Plague in India, 1896, 1897 - Volume 3
Year: 1896
Disease focus: Plague
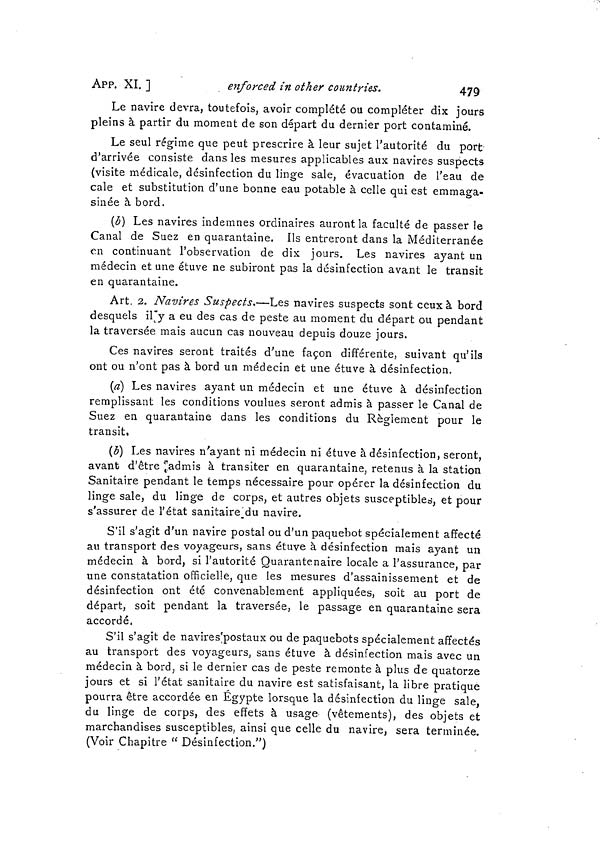
APP. XI. ]
enforced in other countries.
479
Le navire devra, toutefois, avoir complété ou compléter dix jours
pleins à partir du moment de son départ du dernier port contaminé.
Le seul régime que peut prescrire à leur sujet l'autorité du port
d'arrivée consiste dans les mesures applicables aux navires suspects
(visite médicale, désinfection du linge sale, évacuation de l'eau de
cale et substitution d'une bonne eau potable à celle qui est emmaga-
sinée à bord.
(b) Les navires indemnes ordinaires auront la faculté de passer le
Canal de Suez en quarantaine. Ils entreront dans la Méditerranée
en continuant l'observation de dix jours. Les navires ayant un
médecin et une étuve ne subiront pas la désinfection avant le transit
en quarantaine.
Art. 2. Navires Suspects.—Les navires suspects sont ceux à bord
desquels il'y a eu des cas de peste au moment du départ ou pendant
la traversée mais aucun cas nouveau depuis douze jours.
Ces navires seront traités d'une façon différente, suivant qu'ils
ont ou n'ont pas à bord un médecin et une étuve à désinfection.
(a) Les navires ayant un médecin et une étuve à désinfection
remplissant les conditions voulues seront admis à passer le Canal de
Suez en quarantaine dans les conditions du Règlement pour le
transit.
(b) Les navires n'ayant ni médecin ni étuve à désinfection, seront,
avant d'être admis à transiter en quarantaine, retenus à la station
Sanitaire pendant le temps nécessaire pour opérer la désinfection du
linge sale, du linge de corps, et autres objets susceptibles, et pour
s'assurer de l'état sanitaire du navire.
S'il s'agit d'un navire postal ou d'un paquebot spécialement affecté
au transport des voyageurs, sans étuve à désinfection mais ayant un
médecin à bord, si l'autorité Quarantenaire locale a l'assurance, par
une constatation officielle, que les mesures d'assainissement et de
désinfection ont été convenablement appliquées, soit au port de
départ, soit pendant la traversée, le passage en quarantaine sera
accordé.
S'il s'agit de navires postaux ou de paquebots spécialement affectés
au transport des voyageurs, sans étuve à désinfection mais avec un
médecin à bord, si le dernier cas de peste remonte à plus de quatorze
jours et si l'état sanitaire du navire est satisfaisant, la libre pratique
pourra être accordée en Egypte lorsque la désinfection du linge sale,
du linge de corps, des effets à usage (vêtements), des objets et
marchandises susceptibles, ainsi que celle du navire, sera terminée.
(Voir Chapitre " Désinfection.")